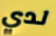
لدي